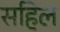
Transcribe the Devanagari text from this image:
सहिल